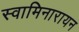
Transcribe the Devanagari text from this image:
स्वामिनारायन